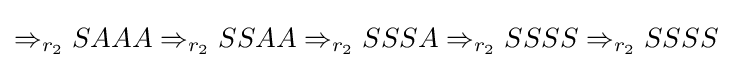
\Rightarrow _{r_{2}}SAAA\Rightarrow _{r_{2}}SSAA\Rightarrow _{r_{2}}SSSA\Rightarrow _{r_{2}}SSSS\Rightarrow _{r_{2}}SSSS